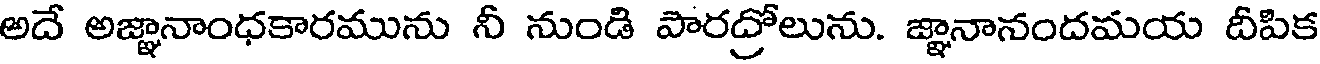
అదే అజ్ఞానాంధకారమును నీ నుండి పారద్రోలును. జ్ఞానానందమయ దీపిక